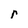
Character: r